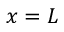
x = L